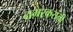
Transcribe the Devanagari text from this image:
नगरकरांनी